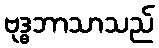
ဗုဒ္ဓဘာသာသည်